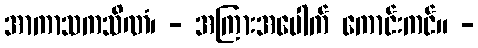
အာကာသကသိဏံ၊ - အကြားအပေါက် ကောင်းကင်။ -